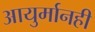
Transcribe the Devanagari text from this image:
आयुर्मानही